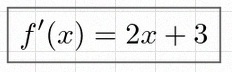
f'(x)=2x+3